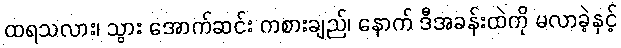
ထရသလား၊ သွား အောက်ဆင်း ကစားချည်၊ နောက် ဒီအခန်းထဲကို မလာခဲ့နှင့်